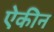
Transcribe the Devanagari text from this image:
ऐकीन